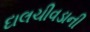
દાલચીવડાની